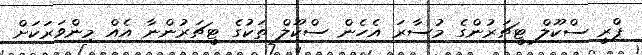
ޕްރީ ސްކޫލް ޓީޗަރުންގެ މުސާރަ އެހެން ސްކޫލް ތަކުގެ ޓީޗަރުންނާ އެއް މިންވަރަކަށް